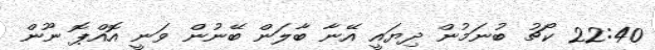
22:40 ކޯޗު ބުނަމުން ދިޔައީ އޭނާ ބާލަން ބޭނުން ވަނީ އޮއްޕޮ ނޫން